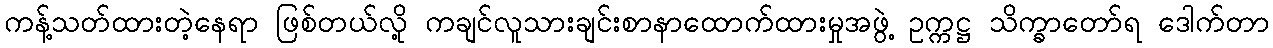
ကန့်သတ်ထားတဲ့နေရာ ဖြစ်တယ်လို့ ကချင်လူသားချင်းစာနာထောက်ထားမှုအဖွဲ့ ဥက္ကဋ္ဌ သိက္ခာတော်ရ ဒေါက်တာ